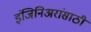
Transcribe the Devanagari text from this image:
इंजिनिअरांसाठी